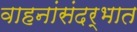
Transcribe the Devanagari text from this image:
वाहनांसंदर्भात